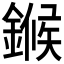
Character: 𬫺